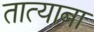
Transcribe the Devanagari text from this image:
तात्याबा